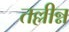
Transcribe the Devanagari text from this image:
तल्लीन्न